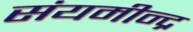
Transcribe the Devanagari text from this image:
संयमीन्द्र